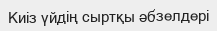
Киіз үйдің сыртқы әбзелдері